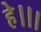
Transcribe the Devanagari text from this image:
हे।।।